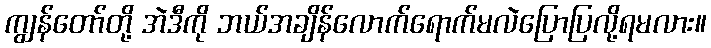
ကျွန်တော်တို့ အဲဒီကို ဘယ်အချိန်လောက်ရောက်မလဲပြောပြလို့ရမလား။